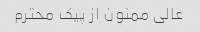
عالی ممنون از پیک محترم